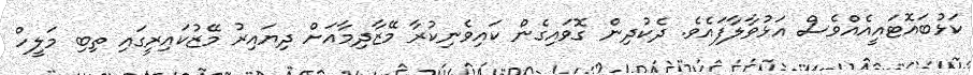
ކަޅުބައޮޓައީއެއްވެސް އަޅުވާލާފައެވެ. ދެކުދިން ގޮވައިގެން ކައިވެނިކުރާ މޭޒާދިމާއަށް ދިޔައިރު މޭޒުކައިރީގައި ތިބި މަލީހް